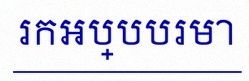
រកអប្បបរមា